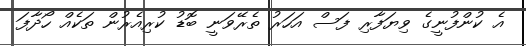
އެ ކުންފުނީގެ ވިޔަފާރި ފަސް އަހަރު ތެރޭވަނީ ބޮޑު ކުރިއެރުން ތަކެއް ހޯދާފަ